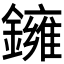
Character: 𬬑